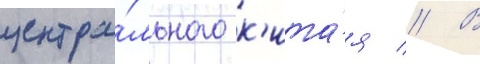
центра́льного к'ита́я // В